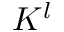
K ^ { l }